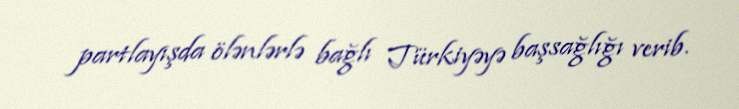
partlayışda ölənlərlə bağlı Türkiyəyə başsağlığı verib.